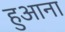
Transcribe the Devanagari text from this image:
हुआना